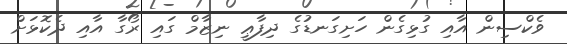
ވެކްސިން އާއި ގުޅިގެން ހަށިގަނޑުގެ ދިފާޢީ ނިޒާމް ގައި ރޯގާ އާއި ދެކޮޅަށް